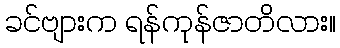
ခင်ဗျားက ရန်ကုန်ဇာတိလား။